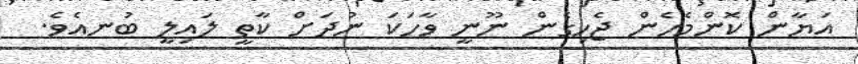
އަޔާން ކޮންމެހެން ޖެހިގެން ނޫނީ ވާހަކަ ނުދަށް ކާތީ ލައިލީ ބުނއެވެ.